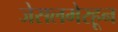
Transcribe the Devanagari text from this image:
जेसलमेरहून